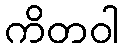
ကိတဝါ